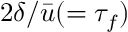
2 \delta / \bar { u } ( = \tau _ { f } )